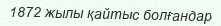
1872 жылы қайтыс болғандар